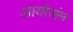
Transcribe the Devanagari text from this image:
आयोजंन